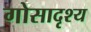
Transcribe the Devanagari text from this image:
गोसादृश्य